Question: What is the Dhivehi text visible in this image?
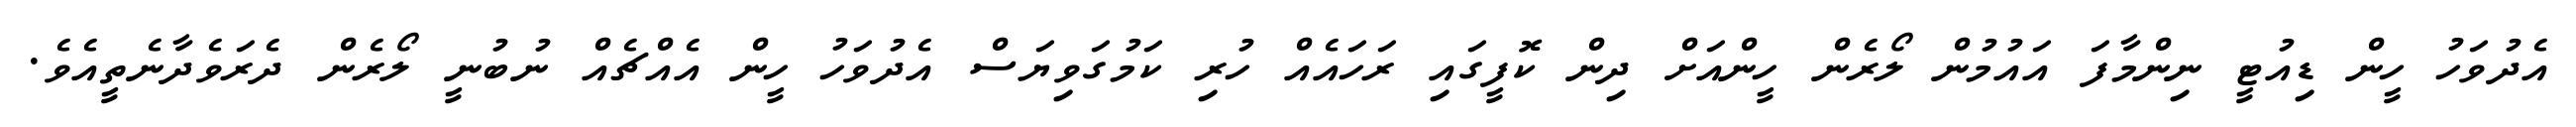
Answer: އެދުވަހު ހީން ޑިއުޓީ ނިންމާފަ އައުމުން ލޯރެން ހީންއަށް ދިން ކޮފީގައި ރަހައެއް ހުރި ކަމުގަވިޔަސް އެދުވަހު ހީން އެއްޗެއް ނުބުނީ ލޯރެން ދެރަވެދާނެތީއެވެ.